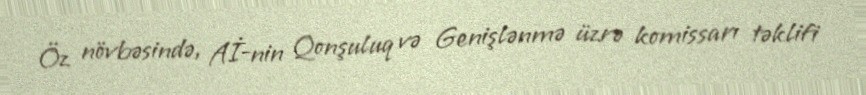
Öz növbəsində, Aİ-nin Qonşuluq və Genişlənmə üzrə komissarı təklifi